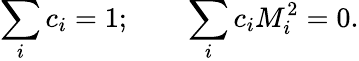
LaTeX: \sum_{i}c_{i}=1;\qquad\sum_{i}c_{i}M_{i}^{2}=0.